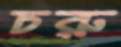
চরু